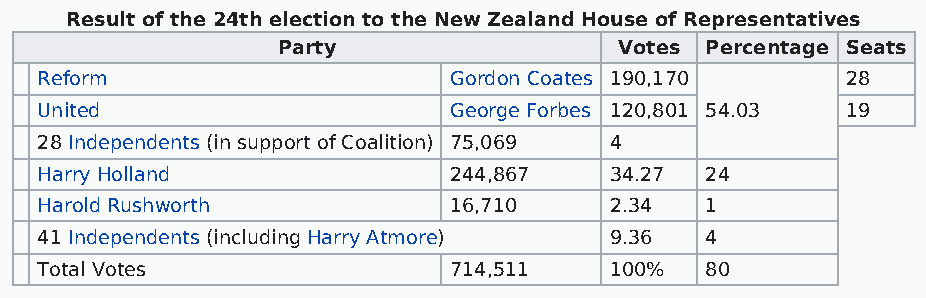
Result of the 24th election to the New Zealand House of Representatives
 Party                  Votes Percentage Seats
 Reform                      Gordon Coates 190,170     28
 United                      George Forbes 120,801 54.03 19
 28 Independents (in support of Coalition) 75,069 4
 Harry Holland               244,867   34.27  24
 Harold Rushworth            16,710    2.34   1
 41 Independents (including Harry Atmore) 9.36 4
 Total Votes                 714,511   100%   80